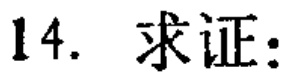
14. 求证：